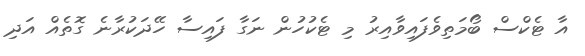
އާ ޓެކްސް ބޯމަތިވެފައިވާއިރު މި ޓެކުހުން ނަގާ ފައިސާ ހޭދަކުރާނެ ގޮތެއް އަދި